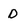
Character: D